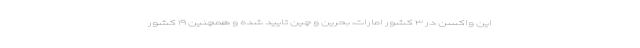
این واکسن در ۳ کشور امارات، بحرین و چین تایید شده و همچنین ۱۹ کشور